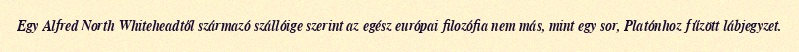
Egy Alfred North Whiteheadtől származó szállóige szerint az egész európai filozófia nem más, mint egy sor, Platónhoz fűzött lábjegyzet.